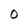
Character: O